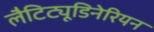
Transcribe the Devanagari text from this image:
लैटिट्यूडिनेरियन